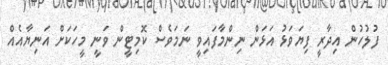
ފުލުހުން އިދާރީ ފިޔަވަޅު އަޅަން ނިންމާފައިވީ ނަމަވެސް ކޮމިޓީން ވަނީ މީހަކަށް އަނިޔާއެއް